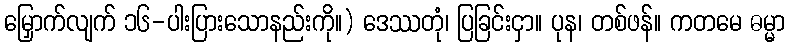
မြှောက်လျက် ၁၆-ပါးပြားသောနည်းကို။) ဒေဿတုံ၊ ပြခြင်းငှာ။ ပုန၊ တစ်ဖန်။ ကတမေ ဓမ္မာ